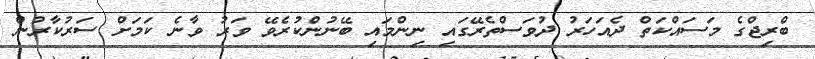
ބްރިޖްގެ މަސައްކަތް ދެއަހަރު ދުވަސްތެރޭގައި ނިންމައި ބޭނުންކުރެވޭ ވަރު ވާނެ ކަމަށް ސަރުކާރުން